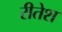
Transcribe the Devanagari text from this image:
रीतेश